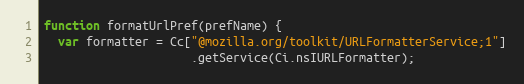
Language: JavaScript
function formatUrlPref(prefName) {
  var formatter = Cc["@mozilla.org/toolkit/URLFormatterService;1"]
                     .getService(Ci.nsIURLFormatter);